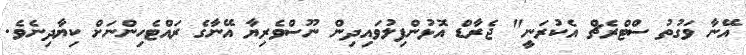
އޭނާ ވަގުތު ސްޓްރެޗް އެކުރަނީ" ޖެރާޑް އޮޅުންފިލުވައިދިން ނޫސްވެރިޔާ އޭނާގެ ރައްޓެހިންނަށް ކިޔާދިނެވެ.